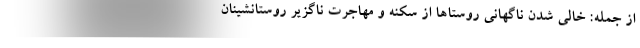
از جمله: خالی شدن ناگهانی روستاها از سکنه و مهاجرت ناگزیر روستانشینان